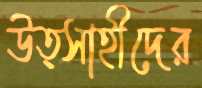
উত্সাহীদের